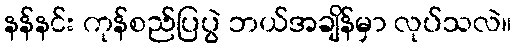
နန်နင်း ကုန်စည်ပြပွဲ ဘယ်အချိန်မှာ လုပ်သလဲ။